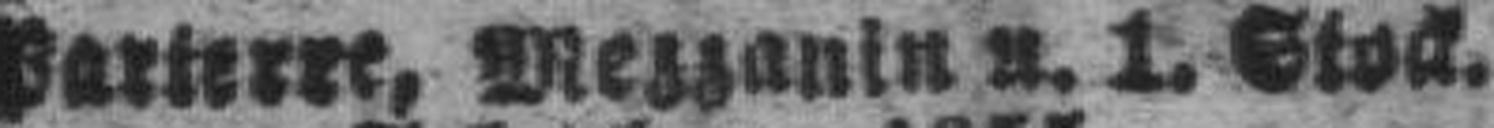
Parterre, Mezzanin u. 1. Stock.